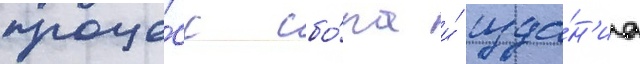
проце́сс сбо́ра и́ изда́н'иа